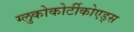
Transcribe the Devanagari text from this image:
ग्लुकोकोर्टीकोएड्स